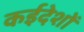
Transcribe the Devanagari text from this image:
कईदेशों